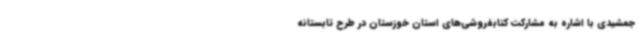
جمشیدی با اشاره به مشارکت کتابفروشی‌های استان خوزستان در طرح تابستانه